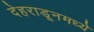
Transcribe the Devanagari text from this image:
देहराडूनमध्ये